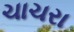
ચાચરા